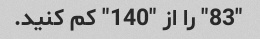
"83" را از "140" کم کنید.